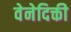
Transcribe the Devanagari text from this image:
वेनेदिक्ती